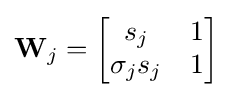
\mathbf {W} _{j}={\begin{bmatrix}s_{j}&1\\\sigma _{j}s_{j}&1\end{bmatrix}}